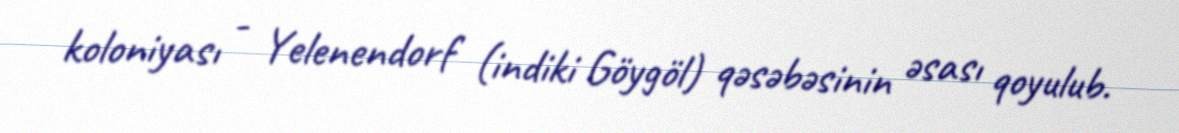
koloniyası - Yelenendorf (indiki Göygöl) qəsəbəsinin əsası qoyulub.